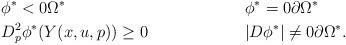
LaTeX: \begin{align*} &\phi^* < 0 \Omega^* &&\phi^* = 0 \partial\Omega^*\\ & D_{p}^2\phi^*(Y(x,u,p)) \geq 0 && |D\phi^*|\neq 0 \partial\Omega^*.\end{align*}